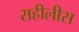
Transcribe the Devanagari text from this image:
राहीलीस